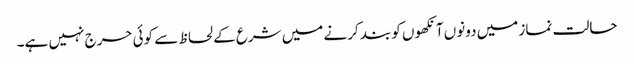
حالت نماز میں دونوں آنکھوں کو بند کرنے میں شرع کے لحاظ سے کوئی حرج نہیں ہے۔